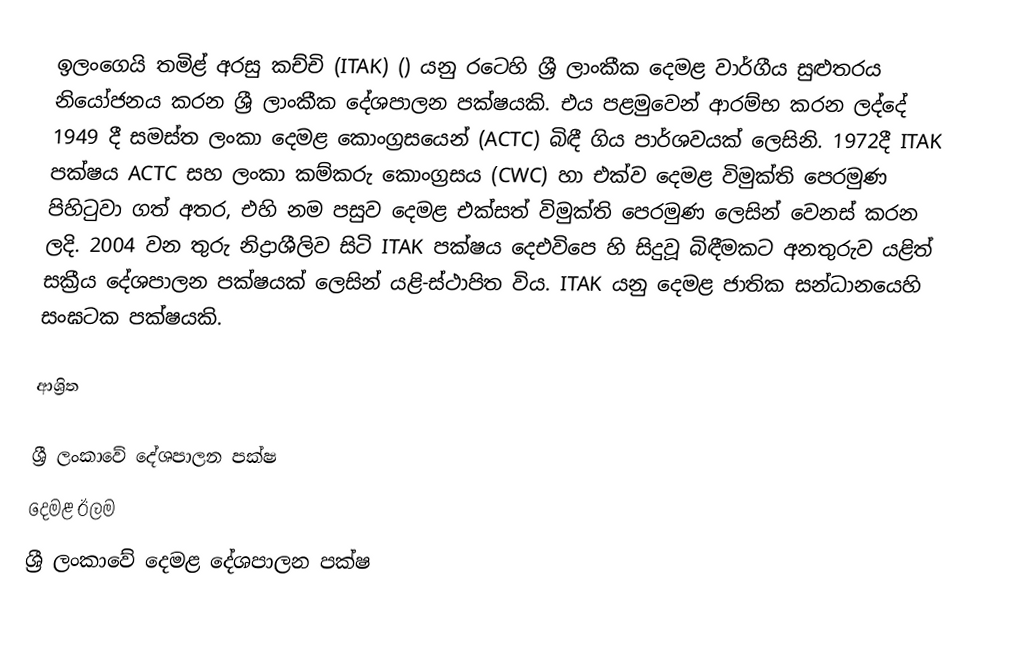
ඉලංගෙයි තමිළ් අරසු කච්චි (ITAK) () යනු රටෙහි  ශ්‍රී ලාංකීක දෙමළ  වාර්ගීය සුළුතරය නියෝජනය කරන  ශ්‍රී ලාංකීක දේශපාලන පක්ෂයකි. එය පළමුවෙන් ආරම්භ කරන ලද්දේ 1949 දී සමස්ත ලංකා දෙමළ කොංග්‍රසයෙන් (ACTC) බිඳී ගිය පාර්ශවයක් ලෙසිනි. 1972දී  ITAK පක්ෂය ACTC සහ ලංකා කම්කරු කොංග්‍රසය (CWC) හා එක්ව දෙමළ විමුක්ති පෙරමුණ පිහිටුවා ගත් අතර, එහි නම පසුව දෙමළ එක්සත් විමුක්ති පෙරමුණ ලෙසින් වෙනස් කරන ලදි. 2004 වන තුරු නිද්‍රාශීලිව සිටි ITAK පක්ෂය දෙඑවිපෙ හි සිදුවූ බිඳීමකට අනතුරුව යළිත් සක්‍රීය දේශපාලන පක්ෂයක් ලෙසින් යළි-ස්ථාපිත විය. ITAK යනු  දෙමළ ජාතික සන්ධානයෙහි සංඝටක පක්ෂයකි.

ආශ්‍රිත

ශ්‍රී ලංකාවේ දේශපාලන පක්ෂ
දෙමළ ඊලම
ශ්‍රී ලංකාවේ දෙමළ දේශපාලන පක්ෂ